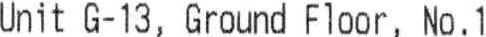
UNIT G-13, GROUND FLOOR, NO.1